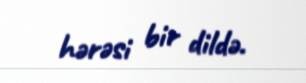
hərəsi bir dildə.